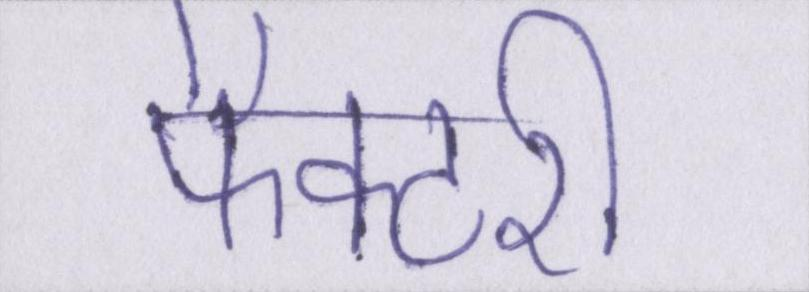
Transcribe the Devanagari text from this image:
फैक्टरी